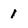
Character: 1